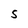
Character: s